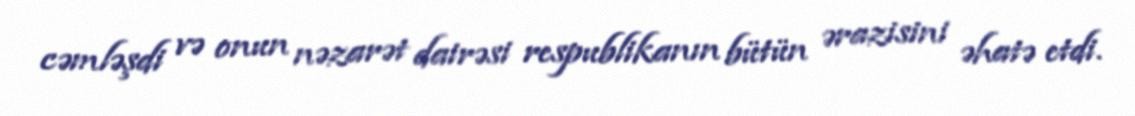
cəmləşdi və onun nəzarət dairəsi respublikanın bütün ərazisini əhatə etdi.